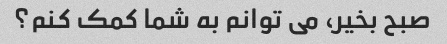
صبح بخیر، می توانم به شما کمک کنم؟